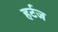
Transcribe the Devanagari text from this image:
हर्टज